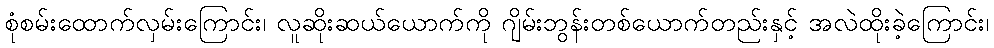
စုံစမ်းထောက်လှမ်းကြောင်း၊ လူဆိုးဆယ်ယောက်ကို ဂျိမ်းဘွန်းတစ်ယောက်တည်းနှင့် အလဲထိုးခဲ့ကြောင်း၊